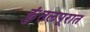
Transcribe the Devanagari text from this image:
कुंतलपूरात